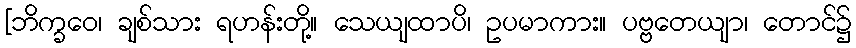
[ဘိက္ခဝေ၊ ချစ်သား ရဟန်းတို့။ သေယျထာပိ၊ ဥပမာကား။ ပဗ္ဗတေယျာ၊ တောင်၌